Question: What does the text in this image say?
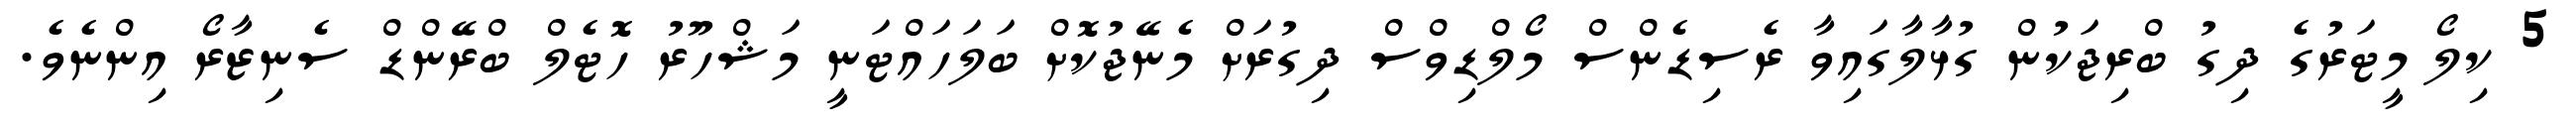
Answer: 5 ކިލޯ މީޓަރުގެ ދިގު ބްރިޖަކުން ގުޅާލާގައިވާ ރެސިޑެންސް މޯލްޑިވްސް ދިގުރަށް މެނޭޖުކޮށް ބަލަހައްޓަނީ މަޝްހޫރު ހޮޓެލް ބްރޭންޑް ސެނިޒާރޯ އިންނެވެ.